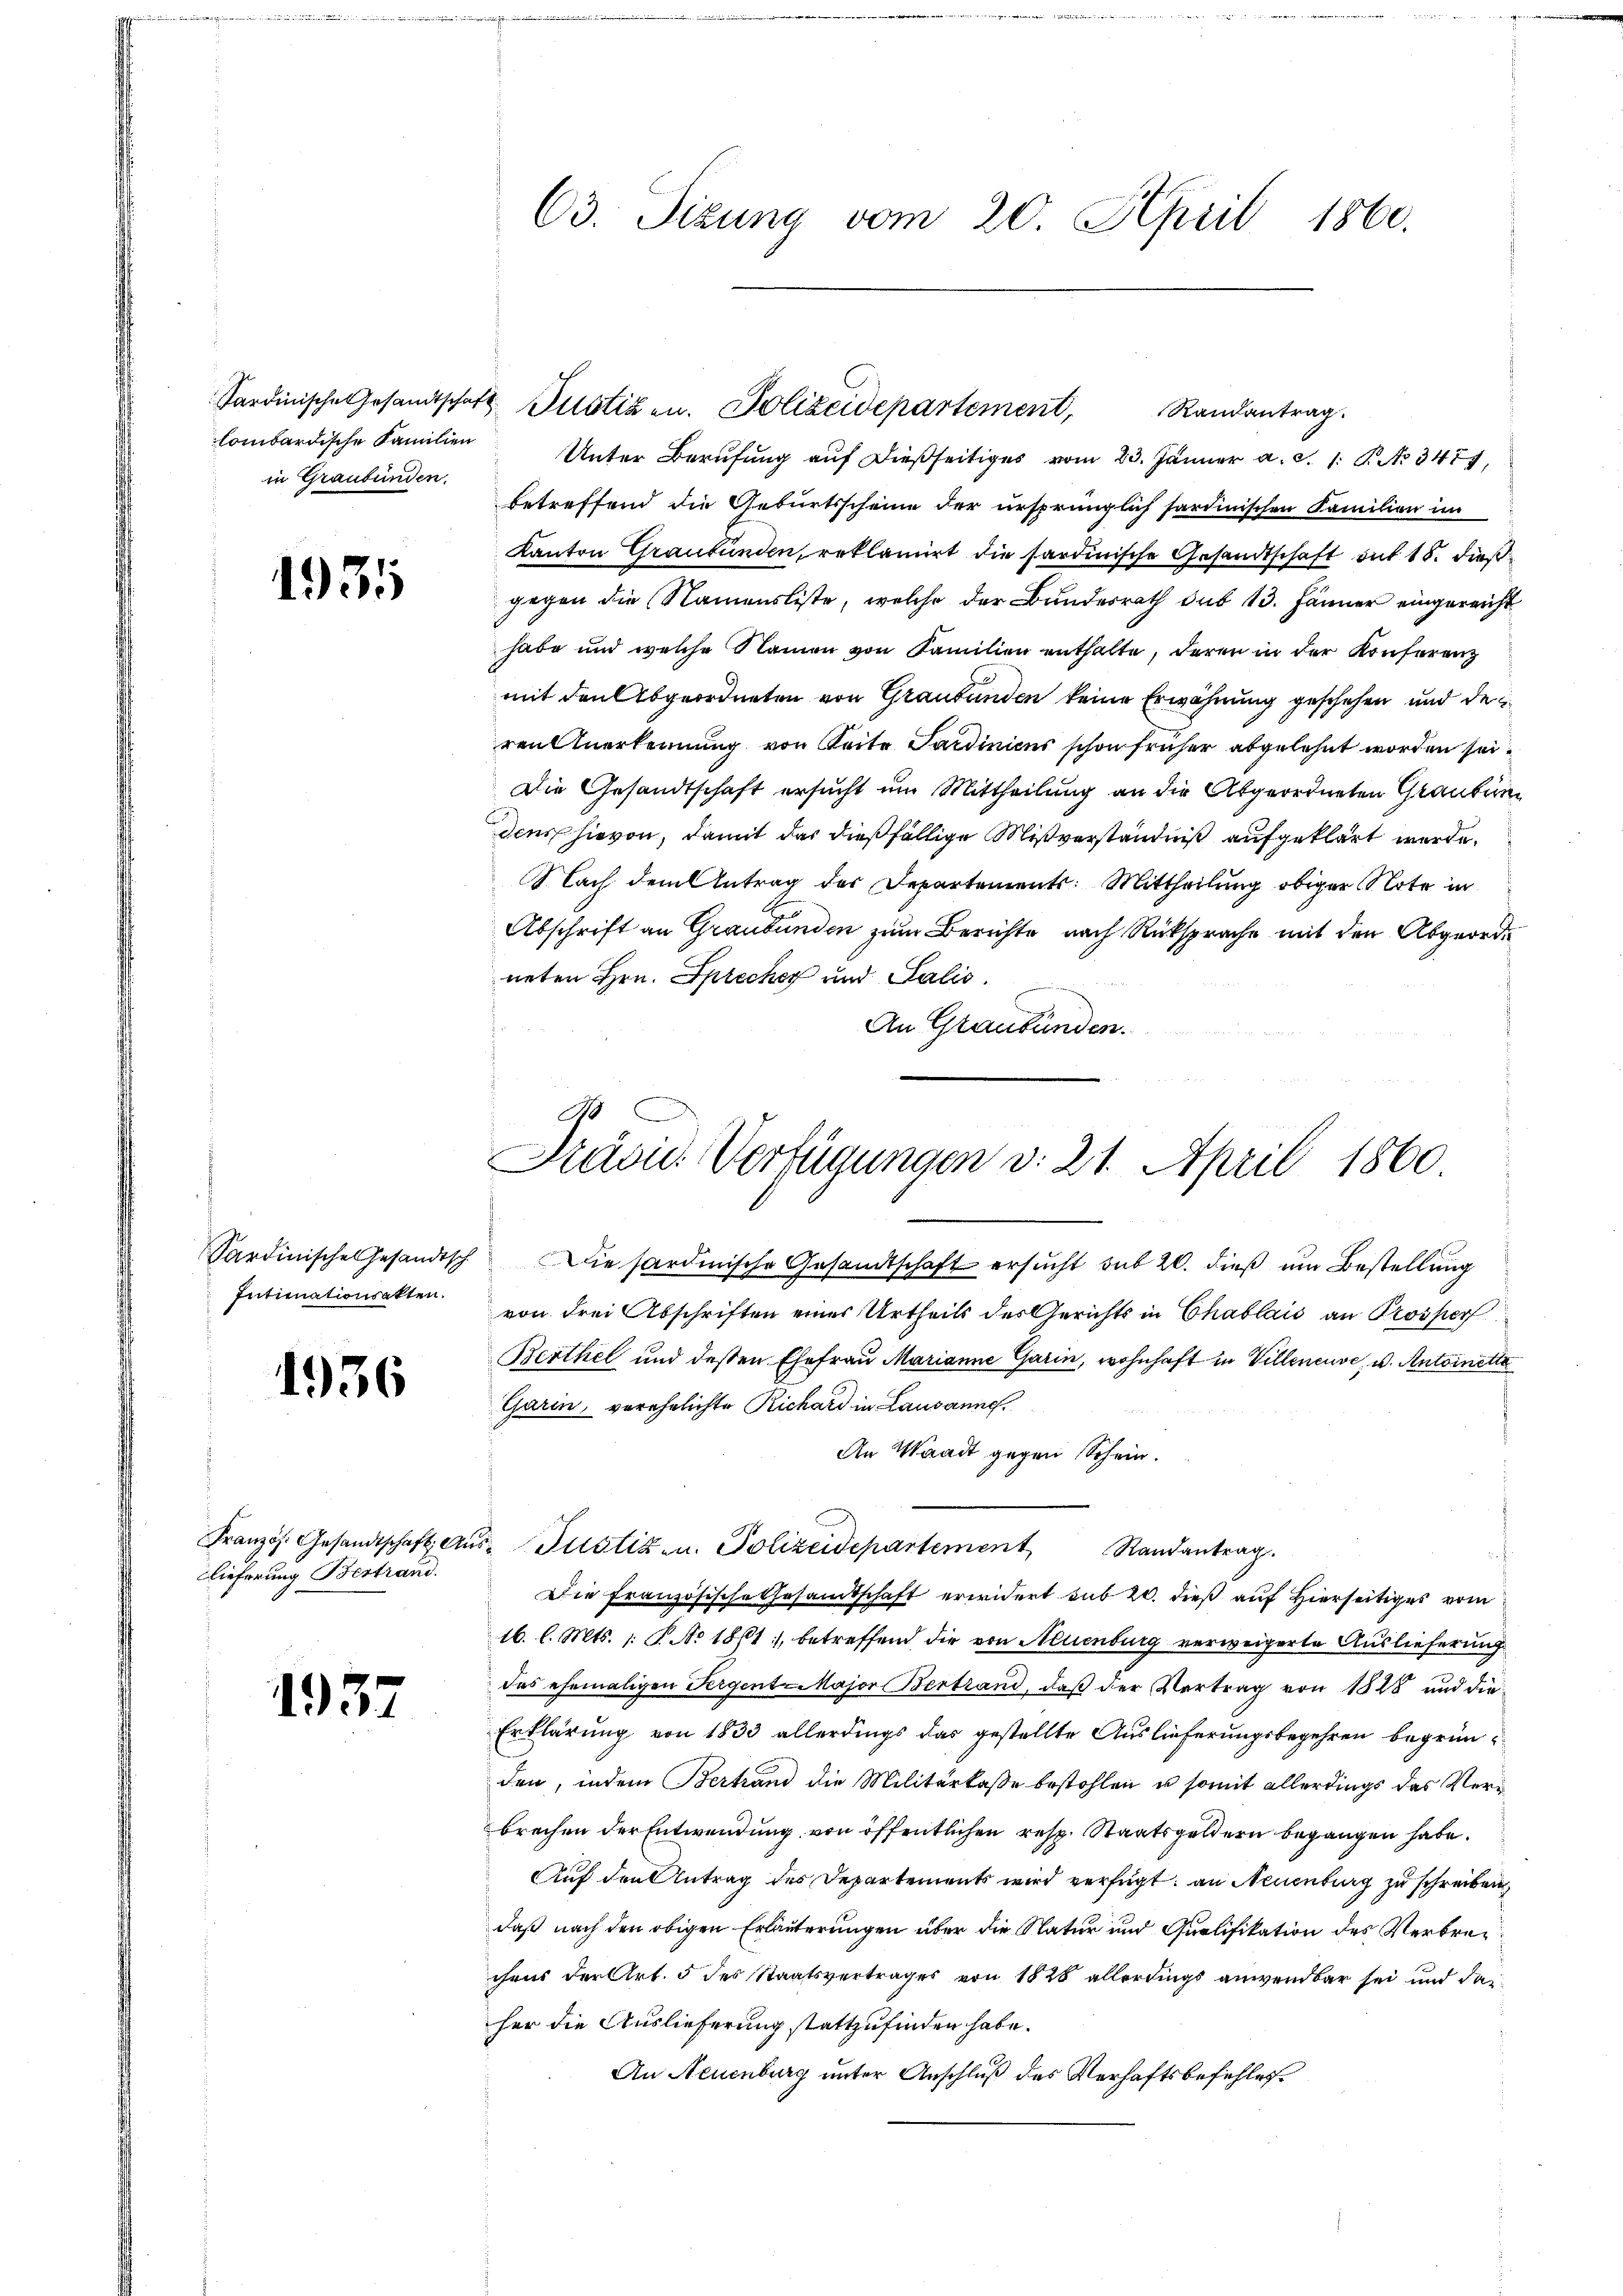
lombardische Familien
in Graubünden.

1931

Intimationsakten.

1936

Dieferung Bestrand

1937

Randantrag
Unter Berufung auf dießseitiges vom 23. Jänner a. c. 1 S. No 347,
betreffend die Geburtsscheine der ursprünglich sardinischen Familien in
Kanton Graubünden, reklamirt die sardinische Gesandtschaft auf 15. dießgegen die Namensliste, welche der Bundesrath sub 13. Jänner eingereicht
habe und welche Namen von Familien enthalte, deren in der Konferenz
mit den Abgeordneten von Graubünden keine Erwähnung geschehen und de
ren Anerkennung von Seite Pardinicus schon früher abgelehnt worden sei.
Die Gesandtschaft ersucht um Mittheilung an die Abgeordneten Glaubiren
dens hievon, damit das dießfällige Mißverständniß aufgeklärt werde.
Nach dem Antrag der Departements: Mittheilung obiger Note in
Abschrift an Graubünden zum Berichte nach Rücksprache mit den Abgeorde
neten Hrn. Sprecher und Salis
An Graubünden.

63. Sizung vom 20. April 1860.

Sardinische Gesandtschaft Zustizen. Polizeidepartement,

Präsid. Verfügungen v. 21. April 1860.

Französ. Gesandtschaft Aŭs-Justiz u. Polizeidepartement Randantrag.

Sardinische Gesandtsch Die sardische Gesandtschaft ersŭcht sub 20. dieβ ŭm Bestellung
von drei Abschriften eines Urtheils des Gerichts in Chablais an Prosper
Berthel und dessen Ehefrau Marianne Garin, wohnhaft in Villeneuve, u. Antoinette
Garin, verehelichte Richard in Lausanne.
An Waadt gegen Schein.
Die Französische Gesandtschaft erwidert sub 20. dieß auf Hierseitiges vom
16. l. Mts. 1. B. No 1861, betreffend die von Neuenburg verweigerte Auslieferung
das ehemaligen Sergent-Major Bertrand, daß der Vertrag von 1828 und die
Erklärung von 1833 allerdings das gestellte Auslieferungsbegehren begründen, indem Bertrand die Militärkaße bestohlen u somit allerdings das Verbrechen der Entwendung von öffentlichen resp. Staatsgeldern begangen habe.
Auf den Antrag des Departements wird verfügt: an Neuenburg zu schreiben
daß nach den obigen Erläuterungen über die Natur und Qualifikation des Verbrechens der Art. 5 des Staatsvertrages von 1828 allerdings anwendbar sei und dasher die Auslieferung stattzufinden habe.
An Neuenburg unter Anschluß des Verhaftsbefehles